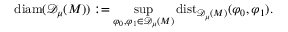
\mathrm { d i a m } ( { \mathscr { D } _ { \mu } ( M ) } ) : = \operatorname* { s u p } _ { \varphi _ { 0 } , \varphi _ { 1 } \in { \mathscr { D } _ { \mu } ( M ) } } \mathrm { d i s t } _ { { \mathscr { D } _ { \mu } ( M ) } } ( \varphi _ { 0 } , \varphi _ { 1 } ) .